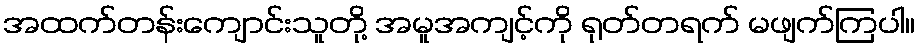
အထက်တန်းကျောင်းသူတို့ အမူအကျင့်ကို ရုတ်တရက် မဖျက်ကြပါ။